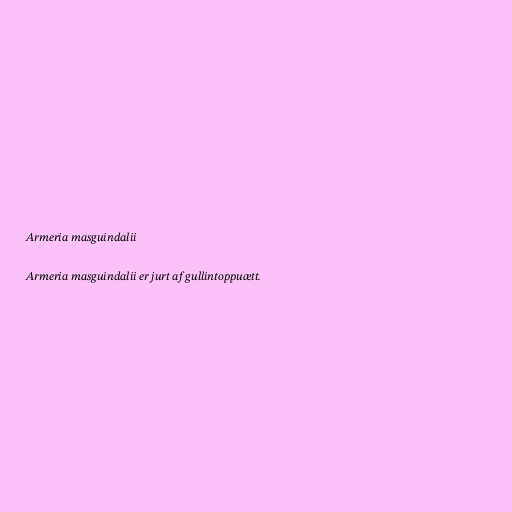
Armeria masguindalii

Armeria masguindalii er jurt af gullintoppuætt.